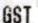
GST